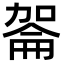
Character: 嗧